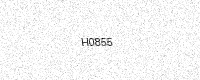
Text: H0855